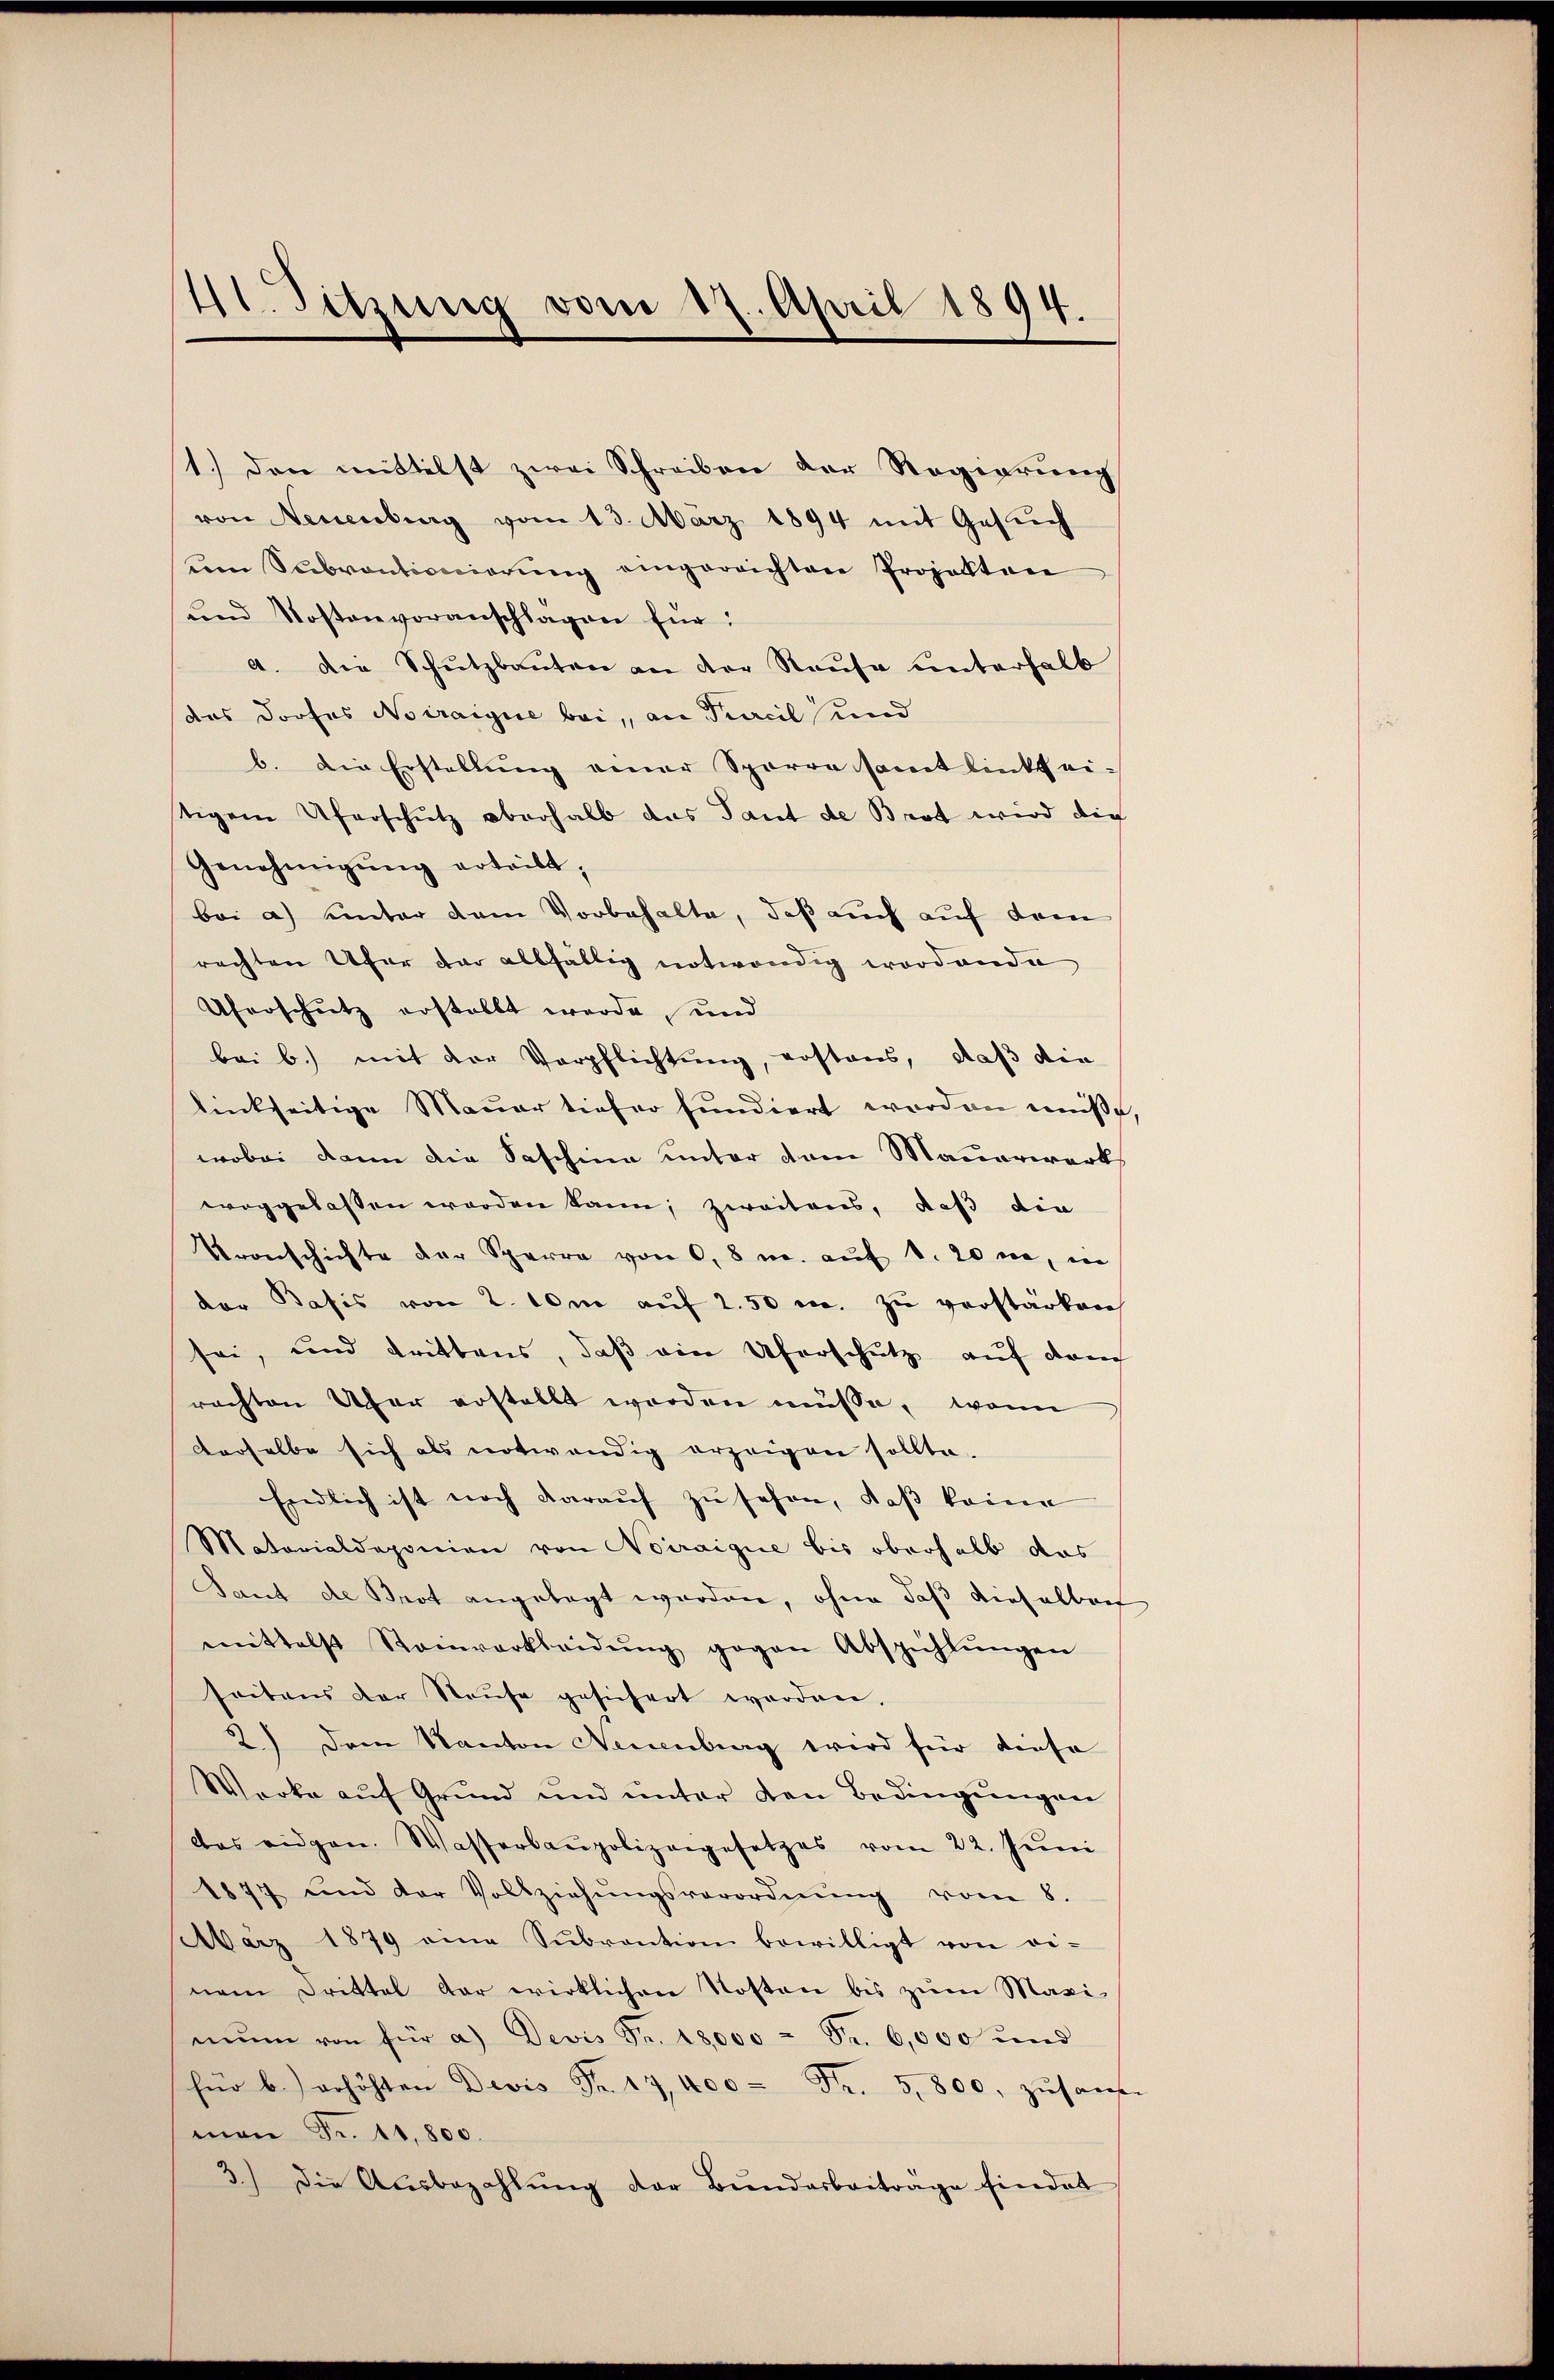
¬
1 Sitzung vom 17. April 1894.

und Kostenvoranschlagen für:
das Dorfes Noiraigue bei, an Kracil und
Genehmigŭng erteilt;
Uferschutz erstellt werde, und
bei b.) mit der Verpflichtung, erstans, daß die
linkseitige Mauer tiefer fundiert worden müße,
wobei dann die Faschina unter vom Mauerwerks
woggelassen worden kann; zweitens, daß die
Vronschichte der Sparre von 0,8 m. auf 1. 20 ne, in
der Basis von 2. 10m auf 2.50 m. zu verstärken
sei, und trittens, daß ein Uferschutz auf dem
rachten Ufer erstellt worden müsse, wenn
derselbe sich als notwendig erzeigen sollte.
Endlich ist noch darauf zu sehen, daß keine
Matorialdeponien von Noiraique bis oberhalb das
Laut de Brot angelegt werden, ohne daß dieselbar
mittelst Steinverkleidŭng gegen Abspühlŭngen
seitens der Raŭfe gesichert worden.
2.) Dem Kanton Neuenburg wird für diese
Werke auf Grund und unter den Bedingungen
das eidgen. Wasserbaupolizeigesetzes vom 22. Jŭni
1877 und der Vollziehŭngsverordnŭng vom 8.
März 1879 eine Sŭbvention bewilligt von ei-
nem Drittel dar wirklichen Kosten bis zum Maximŭm von für a) Devis Fr. 18,000 - Fr. 6,000 und
für b.) erhöhten Devis Fr. 17, 400 Fr. 5,800, zusam-
man Fr. 11,800.
3.) Die Aŭsbezahlŭng der Bŭndarbeitrage findet

1.) Den mittelst zwei Schreiben der Regierung
von Neuenburg vom 13. März 1894 mit Gesŭch
vm Subventionierŭng eingereichten Projekten
a. Die Schutzbauten an der Raŭfe unterhalb
b. Die Erstellung einer Sporre samt linkt ei-
tigem Uferschutz oberhalb das Tant de Brot wird die
bei a) unter dem Vorbehalte, daß auch auf dem
rachten Ufer dar allfällig notwendig wordende